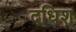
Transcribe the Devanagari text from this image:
दधिश